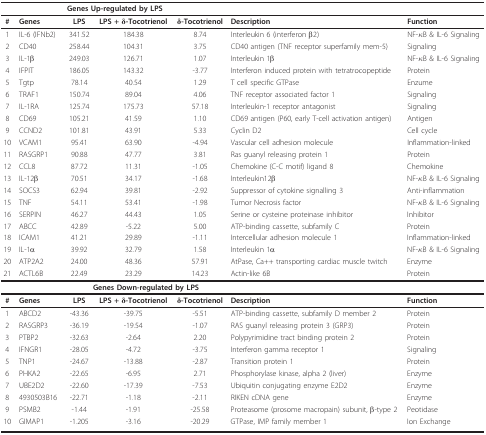
<table><thead><tr><td></td><td></td><td colspan="3"><b>Genes Up-regulated by LPS</b></td><td></td><td></td></tr></thead><tbody><tr><td><b>#</b></td><td><b>Genes</b></td><td><b>LPS</b></td><td><b>LPS + δ-Tocotrienol</b></td><td><b>δ-Tocotrienol</b></td><td><b>Description</b></td><td><b>Function</b></td></tr><tr><td>1</td><td>IL-6 (IFNb2)</td><td>341.52</td><td>184.38</td><td>8.74</td><td>Interleukin 6 (interferon β2)</td><td>NF-κB &amp; IL-6 Signaling</td></tr><tr><td>2</td><td>CD40</td><td>258.44</td><td>104.31</td><td>3.75</td><td>CD40 antigen (TNF receptor superfamily mem-5)</td><td>Signaling</td></tr><tr><td>3</td><td>IL-1β</td><td>249.03</td><td>126.71</td><td>1.07</td><td>Interleukin 1β</td><td>NF-κB &amp; IL-6 Signaling</td></tr><tr><td>4</td><td>IFPIT</td><td>186.05</td><td>143.32</td><td>-3.77</td><td>Interferon induced protein with tetratrocopeptide</td><td>Protein</td></tr><tr><td>5</td><td>Tgtp</td><td>78.14</td><td>40.54</td><td>1.29</td><td>T cell specific GTPase</td><td>Enzume</td></tr><tr><td>6</td><td>TRAF1</td><td>150.74</td><td>89.04</td><td>4.06</td><td>TNF receptor associated factor 1</td><td>Signaling</td></tr><tr><td>7</td><td>IL-1RA</td><td>125.74</td><td>175.73</td><td>57.18</td><td>Interleukin-1 receptor antagonist</td><td>Signaling</td></tr><tr><td>8</td><td>CD69</td><td>105.21</td><td>41.59</td><td>1.10</td><td>CD69 antigen (P60, early T-cell activation antigen)</td><td>Antigen</td></tr><tr><td>9</td><td>CCND2</td><td>101.81</td><td>43.91</td><td>5.33</td><td>Cyclin D2</td><td>Cell cycle</td></tr><tr><td>10</td><td>VCAM1</td><td>95.41</td><td>63.90</td><td>-4.94</td><td>Vascular cell adhesion molecule</td><td>Inflammation-linked</td></tr><tr><td>11</td><td>RASGRP1</td><td>90.88</td><td>47.77</td><td>3.81</td><td>Ras guanyl releasing protein 1</td><td>Protein</td></tr><tr><td>12</td><td>CCL8</td><td>87.72</td><td>11.31</td><td>-1.05</td><td>Chemokine (C-C motif) ligand 8</td><td>Chemokine</td></tr><tr><td>13</td><td>IL-12β</td><td>70.51</td><td>34.17</td><td>-1.68</td><td>Interleukin12β</td><td>NF-κB &amp; IL-6 Signaling</td></tr><tr><td>14</td><td>SOCS3</td><td>62.94</td><td>39.81</td><td>-2.92</td><td>Suppressor of cytokine signalling 3</td><td>Anti-inflammation</td></tr><tr><td>15</td><td>TNF</td><td>54.11</td><td>53.41</td><td>-1.98</td><td>Tumor Necrosis factor</td><td>NF-κB &amp; IL-6 Signaling</td></tr><tr><td>16</td><td>SERPIN</td><td>46.27</td><td>44.43</td><td>1.05</td><td>Serine or cysteine proteinase inhibitor</td><td>Inhibitor</td></tr><tr><td>17</td><td>ABCC</td><td>42.89</td><td>-5.22</td><td>5.00</td><td>ATP-binding cassette, subfamily C</td><td>Protein</td></tr><tr><td>18</td><td>ICAM1</td><td>41.21</td><td>29.89</td><td>-1.11</td><td>Intercellular adhesion molecule 1</td><td>Inflammation-linked</td></tr><tr><td>19</td><td>IL-1α</td><td>39.92</td><td>32.79</td><td>1.58</td><td>Interleukin 1α</td><td>NF-κB &amp; IL-6 Signaling</td></tr><tr><td>20</td><td>ATP2A2</td><td>24.00</td><td>48.36</td><td>57.91</td><td>AtPase, Ca++ transporting cardiac muscle twitch</td><td>Enzyme</td></tr><tr><td>21</td><td>ACTL6B</td><td>22.49</td><td>23.29</td><td>14.23</td><td>Actin-like 6B</td><td>Protein</td></tr><tr><td></td><td></td><td colspan="3"><b>Genes Down-regulated by LPS</b></td><td></td><td></td></tr><tr><td><b>#</b></td><td><b>Genes</b></td><td><b>LPS</b></td><td><b>LPS + δ-Tocotrienol</b></td><td><b>δ-Tocotrienol</b></td><td><b>Description</b></td><td><b>Function</b></td></tr><tr><td>1</td><td>ABCD2</td><td>-43.36</td><td>-39.75</td><td>-5.51</td><td>ATP-binding cassette, subfamily D member 2</td><td>Protein</td></tr><tr><td>2</td><td>RASGRP3</td><td>-36.19</td><td>-19.54</td><td>-1.07</td><td>RAS guanyl releasing protein 3 (GRP3)</td><td>Protein</td></tr><tr><td>3</td><td>PTBP2</td><td>-32.63</td><td>-2.64</td><td>2.20</td><td>Polypyrimidine tract binding protein 2</td><td>Protein</td></tr><tr><td>4</td><td>IFNGR1</td><td>-28.05</td><td>-4.72</td><td>-3.75</td><td>Interferon gamma receptor 1</td><td>Signaling</td></tr><tr><td>5</td><td>TNP1</td><td>-24.67</td><td>-13.88</td><td>-2.87</td><td>Transition protein 1</td><td>Protein</td></tr><tr><td>6</td><td>PHKA2</td><td>-22.65</td><td>-6.95</td><td>2.71</td><td>Phosphorylase kinase, alpha 2 (liver)</td><td>Enzyme</td></tr><tr><td>7</td><td>UBE2D2</td><td>-22.60</td><td>-17.39</td><td>-7.53</td><td>Ubiquitin conjugating enzyme E2D2</td><td>Enzyme</td></tr><tr><td>8</td><td>4930503B16</td><td>-22.71</td><td>-1.18</td><td>-2.11</td><td>RIKEN cDNA gene</td><td>Enzyme</td></tr><tr><td>9</td><td>PSMB2</td><td>-1.44</td><td>-1.91</td><td>-25.58</td><td>Proteasome (prosome macropain) subunit, β-type 2</td><td>Peotidase</td></tr><tr><td>10</td><td>GIMAP1</td><td>-1.205</td><td>-3.16</td><td>-20.29</td><td>GTPase, IMP family member 1</td><td>Ion Exchange</td></tr></tbody></table>